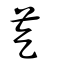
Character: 䒗